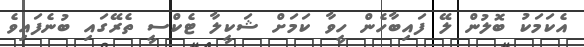
އެކަމަކު ބޮލުން ލޭ ފައިބާހެން ހީވާ ކަމަށް ޝަކީލާ ޓެކްސީ ތެރޭގައި ބުނެފައިވެ